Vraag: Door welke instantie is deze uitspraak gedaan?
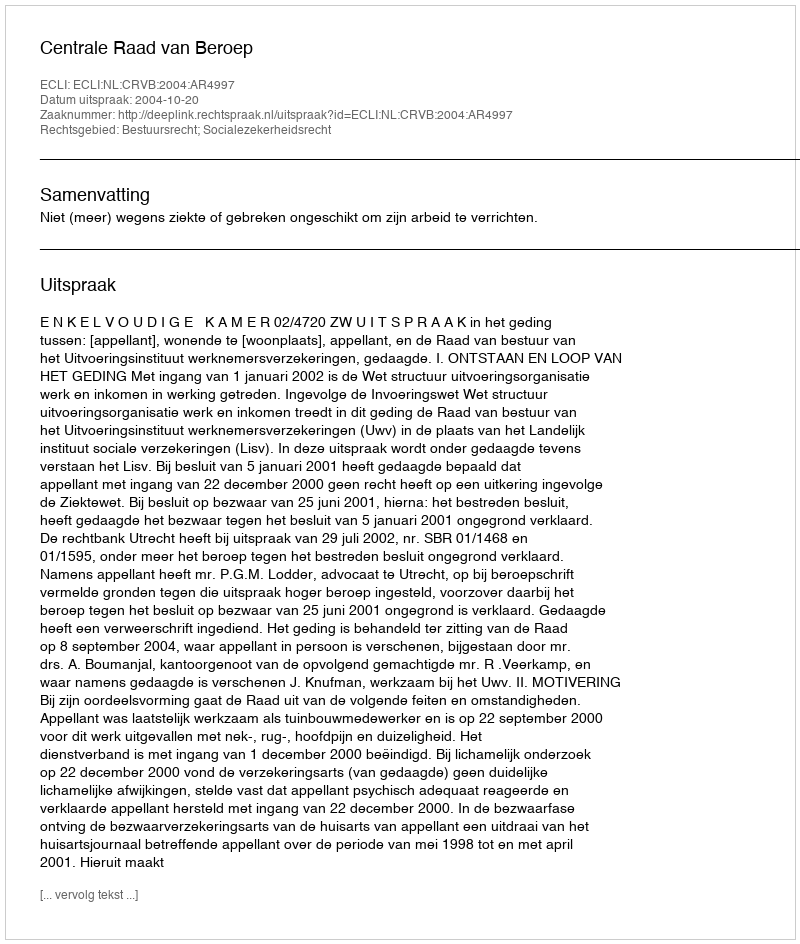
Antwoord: Centrale Raad van Beroep